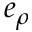
e _ { \rho }